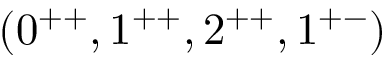
( 0 ^ { + + } , 1 ^ { + + } , 2 ^ { + + } , 1 ^ { + - } )